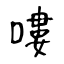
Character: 嘍